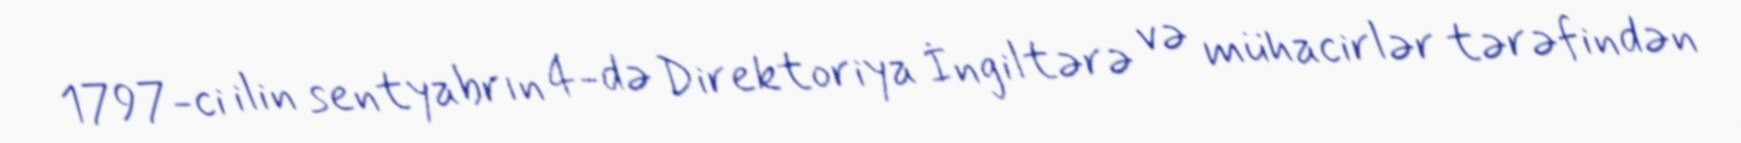
1797-ci ilin sentyabrın 4-də Direktoriya İngiltərə və mühacirlər tərəfindən